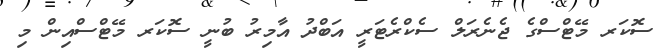
ސޮކަރ މޭޓްސްގެ ޖެނެރަލް ސެކްރެޓަރީ އަބްދު އާމިރު ބުނީ ސޮކަރ މޭޓްސްއިން މި